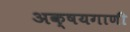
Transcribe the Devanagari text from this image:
अक्षयगाणी